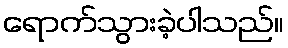
ရောက်သွားခဲ့ပါသည်။